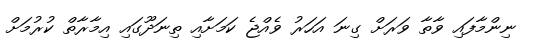
ނިންމާފައި ވާތާ ވަރަށް ގިނަ އަހަރު ވެއްޖެ ކަމަށާއި ތިނަދޫގައި އިމާރާތް ކުރުމަށް